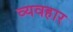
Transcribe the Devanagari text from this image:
व्यवहार